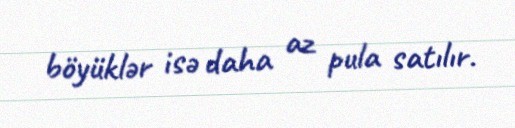
böyüklər isə daha az pula satılır.